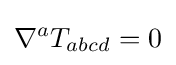
\nabla ^{a}T_{abcd}=0